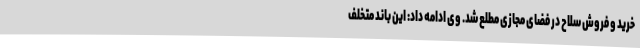
خرید و فروش سلاح در فضای مجازی مطلع شد. وی ادامه داد: این باند متخلف